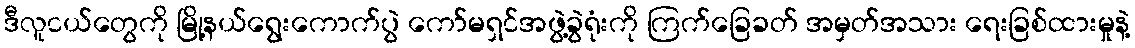
ဒီလူငယ်တွေကို မြို့နယ်ရွေးကောက်ပွဲ ကော်မရှင်အဖွဲ့ခွဲရုံးကို ကြက်ခြေခတ် အမှတ်အသား ရေးခြစ်ထားမှုနဲ့